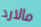
مالارد